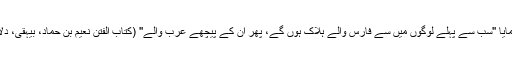
رسول اکرم ﷺ نے فرمایا ''سب سے پہلے لوگوں میں سے فارس والے ہلاک ہوں گے، پھر ان کے پیچھے عرب والے'' (کتاب الفتن نعیم بن حماد، بیہقی، دلائل النبوہ، مسند ہزار)۔